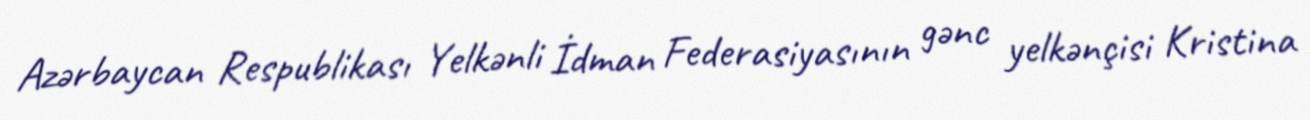
Azərbaycan Respublikası Yelkənli İdman Federasiyasının gənc yelkənçisi Kristina